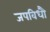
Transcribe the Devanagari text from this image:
जपविधौ